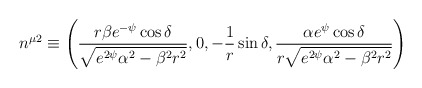
\begin{align*}n^{\mu 2} \equiv \left ( \frac{r\beta e^{-\psi} \cos \delta}{\sqrt{e^{2\psi}\alpha ^{2} - \beta ^{2}r^{2}}},0,-\frac{1}{r}\sin \delta , \frac{\alpha e^{\psi}\cos \delta}{r \sqrt{e^{2\psi}\alpha^{2} - \beta^{2}r^{2}}}\right )\end{align*}